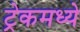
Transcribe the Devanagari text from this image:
ट्रेकमध्ये